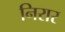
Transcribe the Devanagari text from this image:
निरार